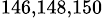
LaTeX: ^{146,148,150}